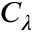
C _ { \lambda }